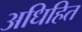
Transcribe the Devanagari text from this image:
अधिहित